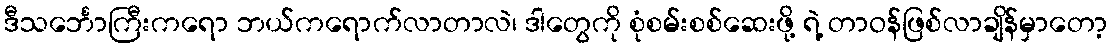
ဒီသင်္ဘောကြီးကရော ဘယ်ကရောက်လာတာလဲ၊ ဒါတွေကို စုံစမ်းစစ်ဆေးဖို့ ရဲ့ တာဝန်ဖြစ်လာချိန်မှာတော့